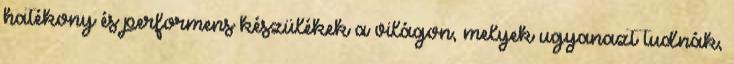
hatékony és performens készülékek a világon, melyek ugyanazt tudnák,